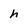
Character: h